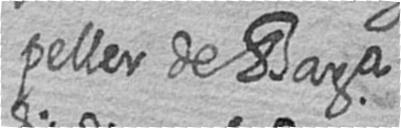
peller de Bara